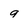
Character: g